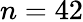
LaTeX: n=42